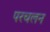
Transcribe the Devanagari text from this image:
परचलन